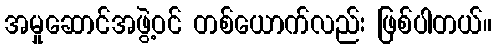
အမှုဆောင်အဖွဲ့ဝင် တစ်ယောက်လည်း ဖြစ်ပါတယ်။